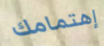
إهتمامك